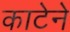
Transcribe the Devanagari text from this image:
काटेने